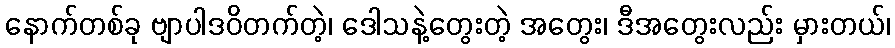
နောက်တစ်ခု ဗျာပါဒဝိတက်တဲ့၊ ဒေါသနဲ့တွေးတဲ့ အတွေး၊ ဒီအတွေးလည်း မှားတယ်၊